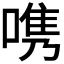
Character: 𭉨